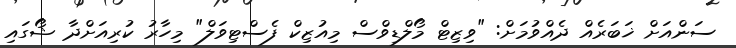
ސަންއަށް ޚަބަރެއް ދެއްވުމަށް: "ވިޒިޓް މޯލްޑިވްސް މިއުޒިކް ފެސްޓިވަލް" މިހާރު ކުރިއަށްދާ ޝޯގައި